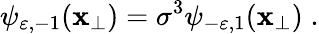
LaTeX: \psi_{\varepsilon,-1}(\mathbf{x}_{\perp})=\sigma^{3}\psi_{-\varepsilon,1}(\mathbf{x}_{\perp})\; .